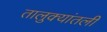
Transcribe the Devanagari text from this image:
तालुक्यांतली